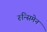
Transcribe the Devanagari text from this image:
रुन्सिमेन